65_HS1-834228961_62-HQ-83894_Section_8
Agency: FBI
Page 212
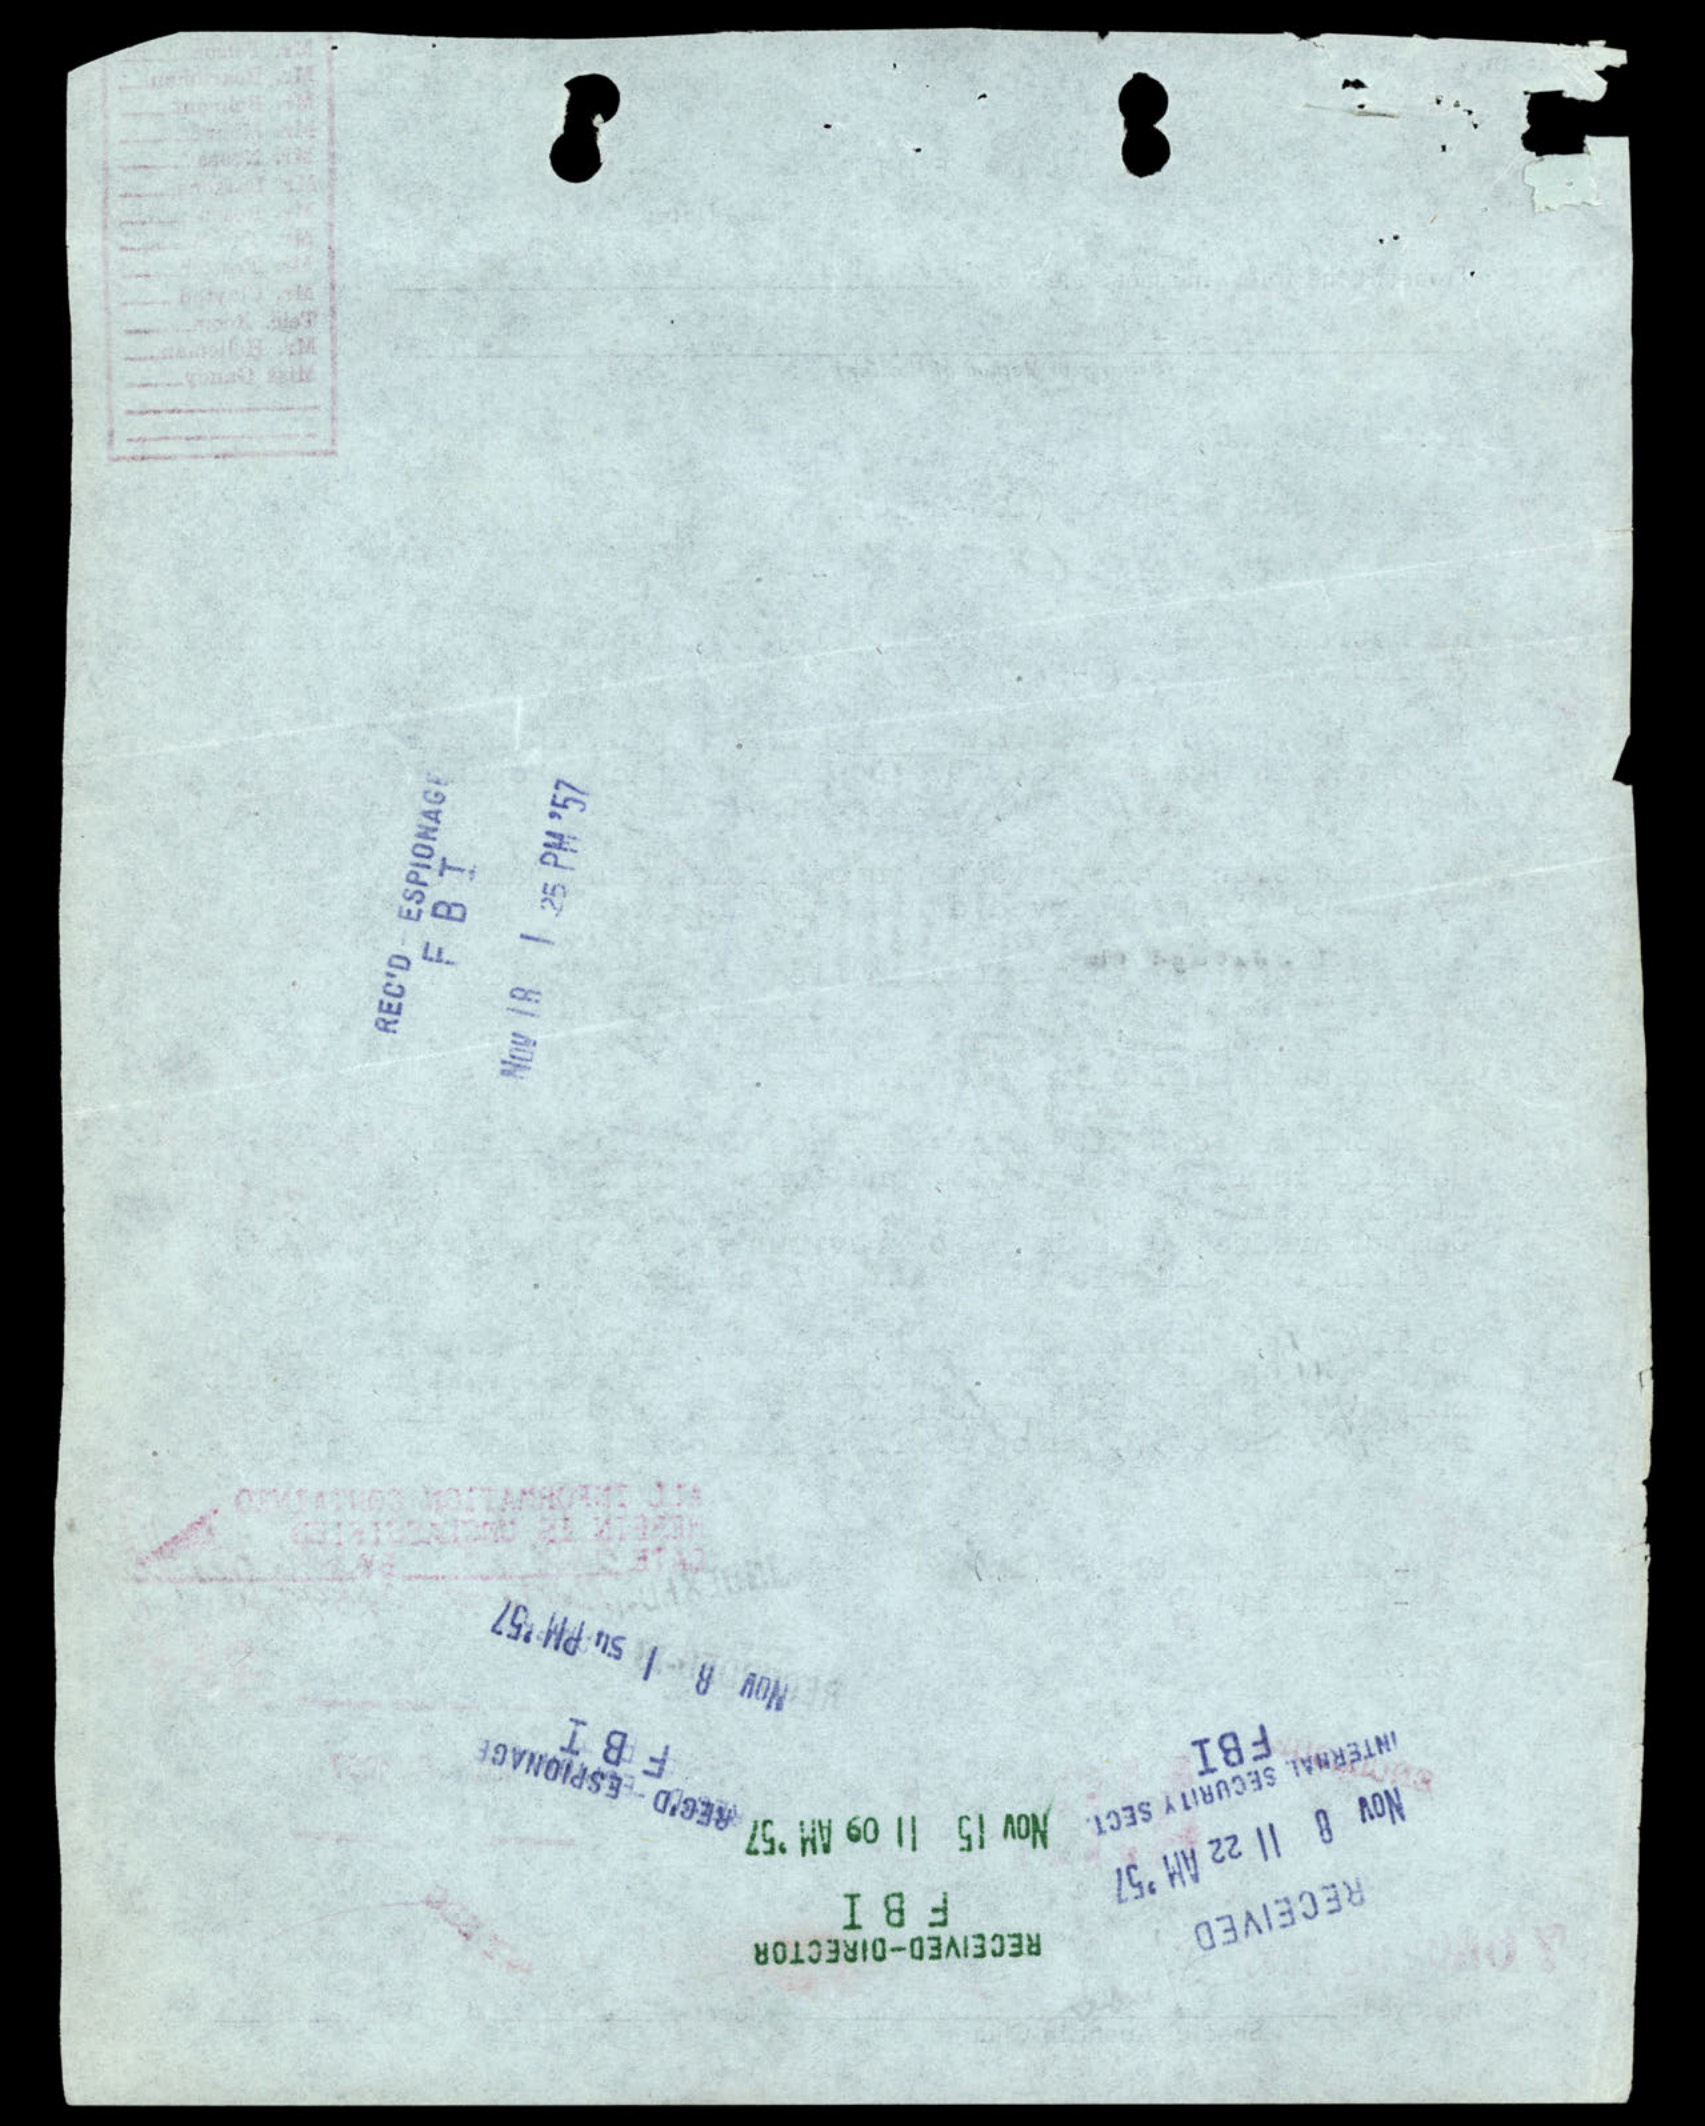